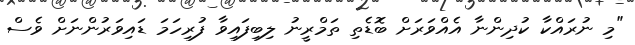
"މި ނުރައްކާ ކުދިންނާ އެއްވަރަށް ބޮޑެތި ތަމްރީނު ލިބިފައިވާ ފުރިހަމަ ޑައިވަރުންނަށް ވެސް